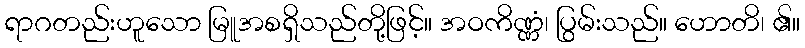
ရာဂတည်းဟူသော မြူအစရှိသည်တို့ဖြင့်။ အဝကိဏ္ဏံ၊ ပြွမ်းသည်။ ဟောတိ၊ ၏။